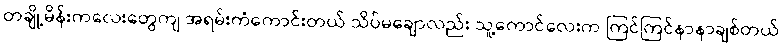
တချို့မိန်းကလေးတွေကျ အရမ်းကံကောင်းတယ် သိပ်မချောလည်း သူ့ကောင်လေးက ကြင်ကြင်နာနာချစ်တယ်